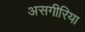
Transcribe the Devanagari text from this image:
असगीरिया